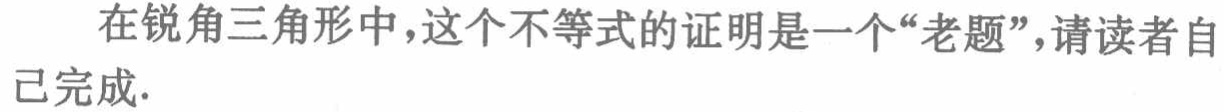
在锐角三角形中，这个不等式的证明是一个“老题”，请读者自己完成.